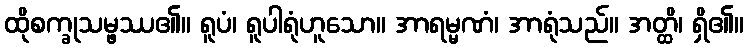
ထိုစက္ခုသမ္ဖဿ၏။ ရူပံ၊ ရူပါရုံဟူသော။ အာရမ္မဏံ၊ အာရုံသည်။ အတ္ထိ၊ ရှိ၏။